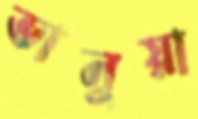
ভানুয়া